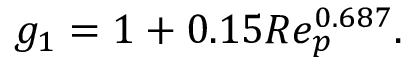
\begin{array} { r } { g _ { 1 } = 1 + 0 . 1 5 R e _ { p } ^ { 0 . 6 8 7 } . } \end{array}